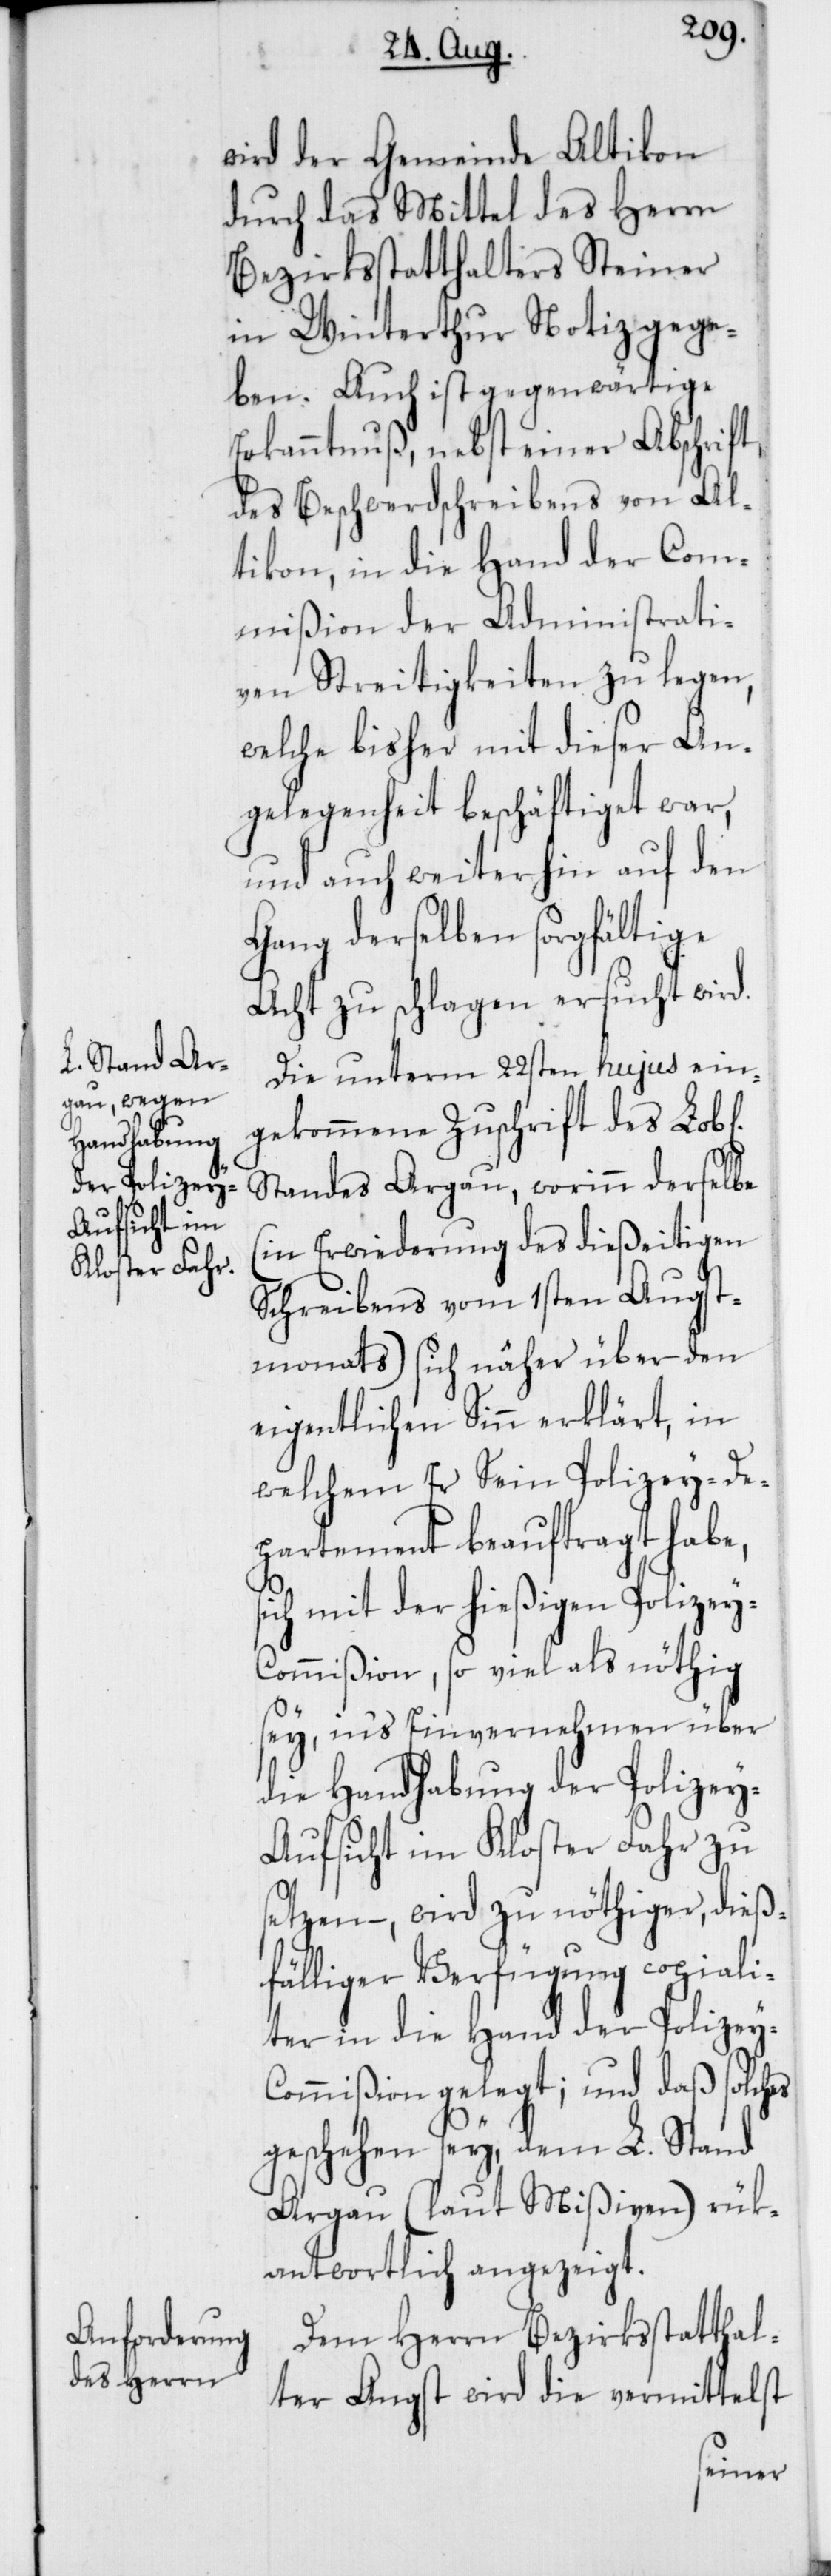
wird der Gemeinde Altikon
durch das Mittel des Herrn
Bezirksstatthalters Steiner
in Winterthur Notiz gege¬
ben. Auch ist gegenwärtige
Erkanntnuß nebst einer Abschrift
des Beschwerdschreibens von Al¬
tikon, in die Hand der Com¬
mißion der Administrati¬
ven Streitigkeiten zu legen,
welche bisher mit dieser An¬
gelegenheit beschäftiget war,
und auch weiterhin auf den
Gang derselben sorgfältige
Acht zu schlagen ersucht wird.
Die unterm 22sten hujus ein¬
gekommene Zuschrift des Lobl.
Standes Argau, worinn derselbe
(in Erwiederung des dießeitigen
Schreibens vom 1sten Augst¬
monats) sich näher über den
eigentlichen Sinn erklärt, in
welchem er Sein Polizey-De¬
partement beauftragt habe,
sich mit der hießigen Polize¬
y-Commißion, so viel als nöthig
sey, in‘s Einvernehmen über
die Handhabung der Polizey-A¬
ufsicht im Kloster Fahr zu
setzen – ,wird zu nöthiger, dieß¬
fälliger Verfügung copiali¬
ter in die Hand der Polizey-C¬
ommißion gelegt; und daß solches
geschehen sey, dem L. Stand
Argau (laut Mißiven) rük¬
antwortlich angezeigt.
Dem Herrn Bezirksstatthal¬
ter Angst wird die vermittelst